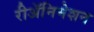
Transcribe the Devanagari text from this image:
रीअॅनिमेशन